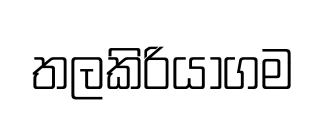
තලකිරියාගම